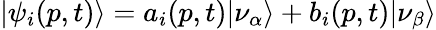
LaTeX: |\psi_{i}(p,t)\rangle=a_{i}(p,t)|\nu_{\alpha}\rangle+b_{i}(p,t)|\nu_{\beta}\rangle